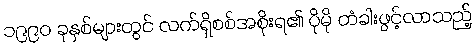
၁၉၉၀ ခုနှစ်များတွင် လက်ရှိစစ်အစိုးရ၏ ပိုမို တံခါးဖွင့်လာသည့်